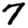
Digit: 7